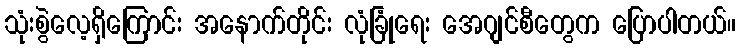
သုံးစွဲလေ့ရှိကြောင်း အနောက်တိုင်း လုံခြုံရေး အေဂျင်စီတွေက ပြောပါတယ်။